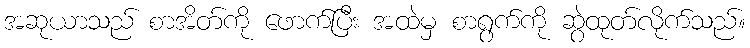
အဆုယာသည် စာအိတ်ကို ဖောက်ပြီး အထဲမှ စာရွက်ကို ဆွဲထုတ်လိုက်သည်။